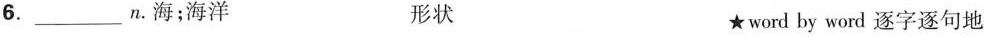
6._______________n。海；海洋 形状 ★word by word逐字逐句地